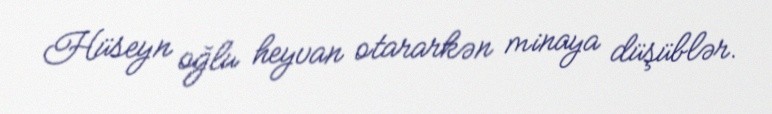
Hüseyn oğlu heyvan otararkən minaya düşüblər.